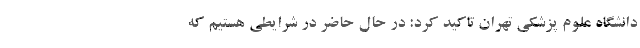
دانشگاه علوم پزشکی تهران تاکید کرد: در حال حاضر در شرایطی هستیم که